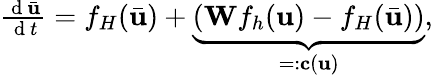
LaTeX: \begin{array}{r}{\frac{\mathrm{~d~}\bar{\mathbf{u}}}{\mathrm{~d~}t}=f_{H}(\bar{\mathbf{u}})+\underbrace{(\mathbf{W}f_{h}(\mathbf{u})-f_{H}(\bar{\mathbf{u}}))}_{=:\mathbf{c}(\mathbf{u})},}\end{array}